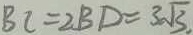
B C = 2 B D = 3 \sqrt { 3 } .